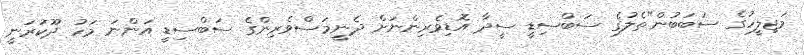
މަޖިލީހުގެ ސަބަބުން"ތެލުގެ ސަބްސިޑީ ސީދާ އޮޑިވެރިންނަށް ދެނީމަސްވެރިންގެ ސަބްސިޑީ އަންނަ މަހު ދޫކުރަނީ